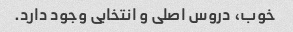
خوب، دروس اصلی و انتخابی وجود دارد.